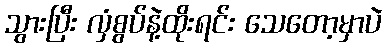
သွားပြီး လှံစွပ်နဲ့ထိုးရင်း သေတော့မှာပဲ